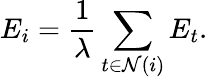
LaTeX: E_{i}=\frac{1}{\lambda}\sum_{t\in\mathcal{N}(i)}E_{t}.